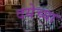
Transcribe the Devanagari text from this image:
दयेच्या